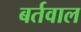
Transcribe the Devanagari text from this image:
बर्तवाल